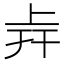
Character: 𢆒